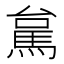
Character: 𮩻